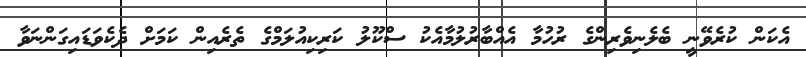
އެކަން ކުރެވޭނީ ބެލެނިވެރިންގެ ރުހުމާ އެއްބާރުލުމާއެކު ސްކޫލު ކަރިކިއުލަމްގެ ތެރެއިން ކަމަށް ދެކެވަޑައިގަންނަވާ